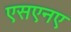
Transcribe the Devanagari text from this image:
एसएनए